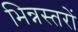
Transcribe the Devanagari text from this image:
भिन्नस्तरों